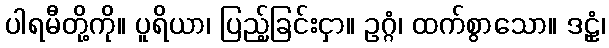
ပါရမီတို့ကို။ ပူရိယာ၊ ပြည့်ခြင်းငှာ။ ဥဂ္ဂံ၊ ထက်စွာသော။ ဒဠှံ၊